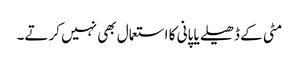
مٹی کے ڈھیلے یا پانی کا استعمال بھی نہیں کرتے۔